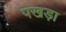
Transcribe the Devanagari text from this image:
पखड़ा